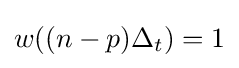
w((n-p)\Delta _{t})=1